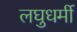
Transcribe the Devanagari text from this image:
लघुधर्मी